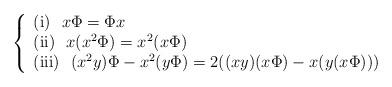
LaTeX: \begin{align*}\left\{\begin{array}{l}\mathrm {(i)}\>\>\> x\Phi=\Phi x\\\mathrm {(ii)}\>\>\> x(x^2\Phi)=x^2(x\Phi)\\\mathrm {(iii)}\>\>\> (x^2y)\Phi -x^2(y\Phi)=2((xy)(x\Phi)-x(y(x\Phi)))\end{array}\right.\end{align*}